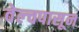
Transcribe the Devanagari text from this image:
वेल्चपासून